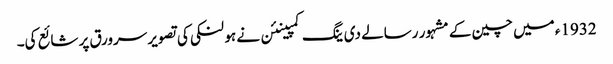
1932ء میں چین کے مشہور رسالے دی ینگ کمپینئن نے ہو لنکی کی تصویر سرورق پر شائع کی۔